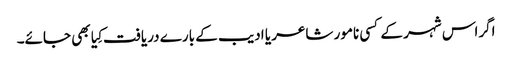
اگراس شہر کے کسی نامور شاعر یا ادیب کے بارے دریافت کِیا بھی جائے۔